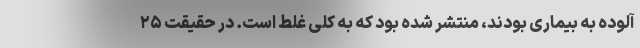
آلوده به بیماری بودند، منتشر شده بود که به کلی غلط است. در حقیقت ۲۵